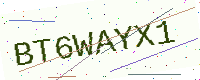
Text: BT6WAYX1